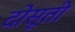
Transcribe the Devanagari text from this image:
दोसूती